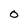
Character: o